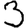
Digit: 3